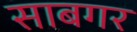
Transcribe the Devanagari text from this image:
साबगर